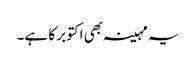
یہ مہینہ بھی اکتوبر کا ہے۔